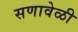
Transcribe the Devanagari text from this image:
सणावेळी